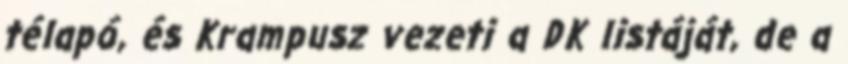
télapó, és Krampusz vezeti a DK listáját, de a